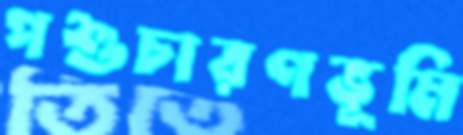
পশুচারণভূমি